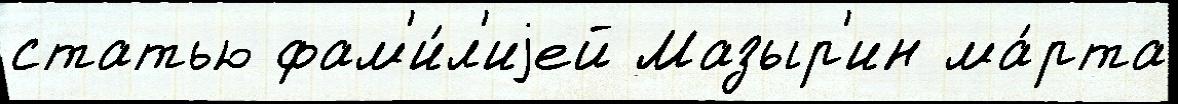
статью фам'и́л'иjей Мазыр'ин ма́рта